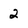
Character: 2